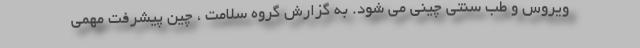
ویروس و طب سنتی چینی می شود. به گزارش گروه سلامت ، چین پیشرفت مهمی